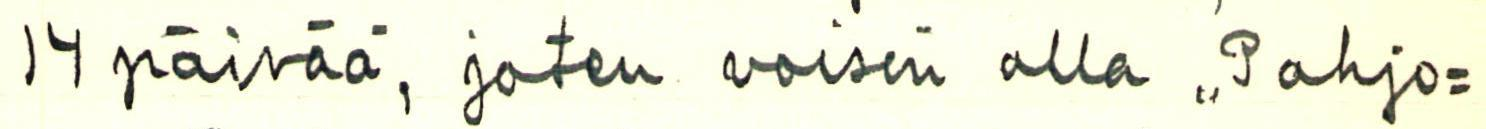
14 päivää, joten voisin olla ,, Pohjo=